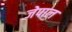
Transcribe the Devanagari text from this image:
जेपाल